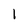
Character: 1